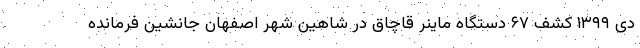
دی ۱۳۹۹ کشف ۶۷ دستگاه ماینر قاچاق در شاهین شهر اصفهان جانشین فرمانده